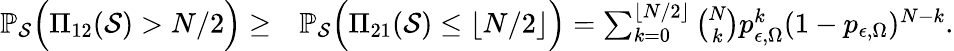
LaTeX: \begin{array}{rl}{\mathbb{P}_{\mathcal{S}}\Big(\Pi_{12}(\mathcal{S})>N/2\Big)\geq}&{\mathbb{P}_{\mathcal{S}}\Big(\Pi_{21}(\mathcal{S})\leq\lfloor N/2\rfloor\Big)=\sum_{k=0}^{\lfloor N/2\rfloor}{\binom{N}{k}}p_{\epsilon,\Omega}^{k}(1-p_{\epsilon,\Omega})^{N-k}.}\end{array}